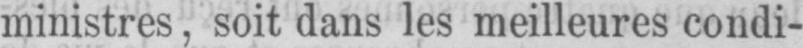
ministres, soit dans les meilleures condi-